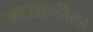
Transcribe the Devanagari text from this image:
मध्यान्हीला